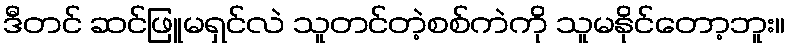
ဒီတင် ဆင်ဖြူမရှင်လဲ သူတင်တဲ့စစ်ကဲကို သူမနိုင်တော့ဘူး။